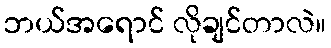
ဘယ်အရောင် လိုချင်တာလဲ။